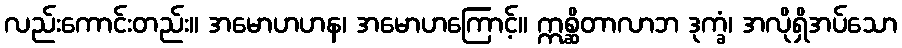
လည်းကောင်းတည်း။ အမောဟဟန၊ အမောဟကြောင့်။ ဣစ္ဆိတာလာဘ ဒုက္ခံ၊ အလိုရှိအပ်သော